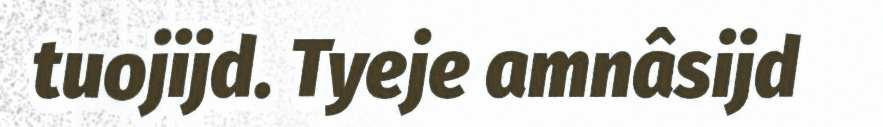
tuojijd. Tyeje amnâsijd